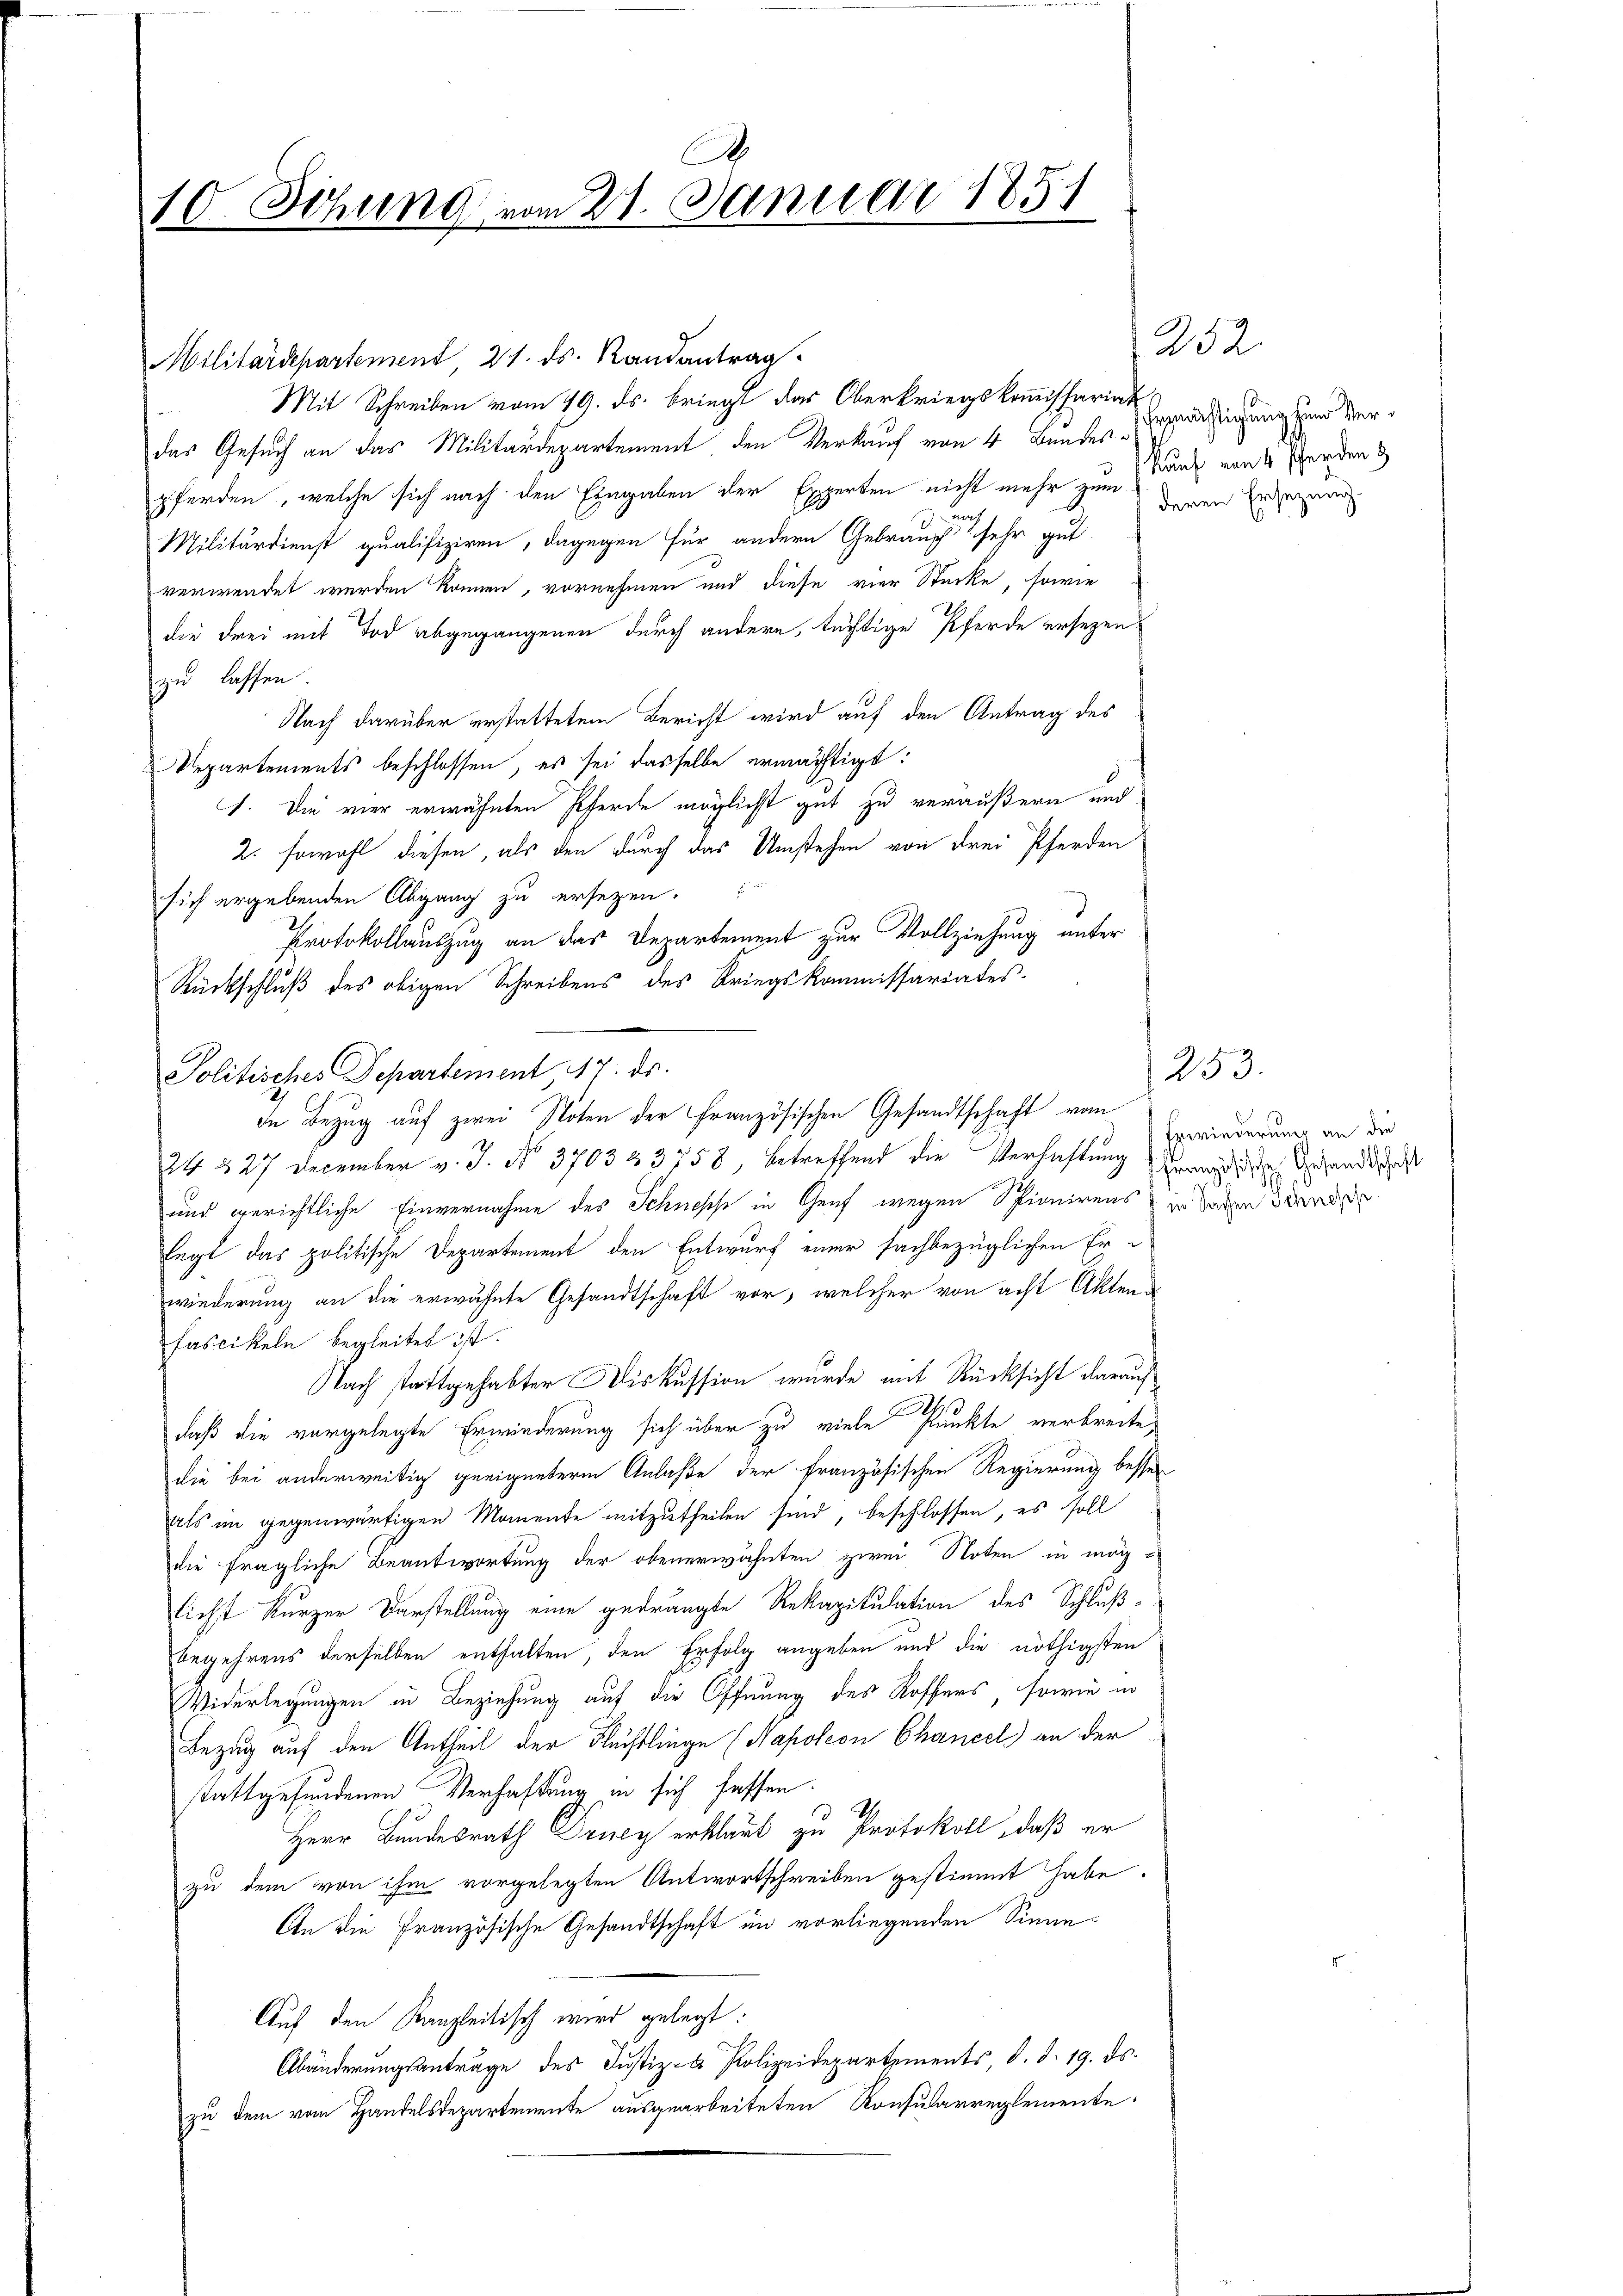
x
10. Sitzung vom 21. Januar 1851

Militärdepartement, 21. ds. Randantrag
Mit Schreiben vom 19. ds. bringt des Oberkriegskommissariat
das Gesuch an das Militärdepartement den Verkauf von 4 Bundespferden, welche sich nach den Eingaben der Experten nicht mehr zum Kauf von 4 Pferden &
Militärdienst qualifiziren, dagegen für andern Gebrauch sehr gut
verwendet werden können, vornehmen und diese vier Stücke, sowie
die drei mit Tod abgegangenen durch andern, tüchtige Pferde ersezen
zu lassen.
Nach darüber erstattetem Bericht wird auf den Antrag des
Departements beschlossen, es sei dasselbe ermächtigt:
1. Die vier erwähnten Pferde möglichst gut zu veräußern und
2. sowohl diesen, als den durch das Umstehen von drei Pferden
sich ergebenden Abgang zu ersetzen.
Protokollauszug an das Departement zur Vollziehung unter
Rückschluß des obigen Schreibens des Kriegskommissariates.
Politisches Departement 117. ds.
24 § 27 December v. J. No 3703 & 3758, betreffend die Verhaftung dran die Gesandtschaft
und gerichtliche Einvernahme des Schnesse in Genf wegen Spionirens in Tagen ande
legt das politische Departement den Entwurf einer sachbezüglichen Er-
wiederung an die erwähnte Gesandtschaft vor, welcher von acht Akten d
Fascikeln begleitet ist.
Nach stattgehabter Diskussion wurde mit Rücksicht darauf
daß die vorgelegte Erwiederung sich über zu viele Punkte verbreite,
die bei anderweitig geeigneterm Anlaße der französischen Regierung besser
als im gegenwärtigen Momente mitzutheilen sind, beschlossen, es soll
die fragliche Beantwortung der obenerwähnten zwei Noten in mög-
lichst kurzer Darstellung eine gedrängte Rekapitulation des Schlußbegehrens derselben enthalten, den Erfolg angeben und die nöthigsten
Widerlegungen in Beziehung auf die Öffnung des Koffers, sowie in
Bezug auf den Antheil der Flüchtlinge (Napoleon Chancel) an der
stattgefundenen Verhaftung in sich hoffen.
Herr Bundesrath Drey erklärt zu Protokoll, daß er
zu dem von ihm vorgelegten Antwortschreiben gestimmt habe.
An die Französische Gesandtschaft in vorliegenden Sinne
Auf den Kanzleitisch wird gelegt:
Abänderungsanträge des Justiz- & Polizeidepartements, d. d. 19. ds.
zu dem vom Handelsdepartemente ausgearbeiteten Konsularreglemente

die Bezug auf zwei Noten der Französischen Gesandtschaft vom

252.
Ermächtigung und Verderen Ersezung

253.
Trevinderung an die